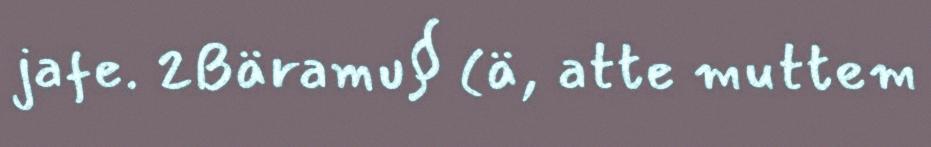
jafe. 2Bäramu§ (ä, atte muttem